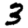
Digit: 3